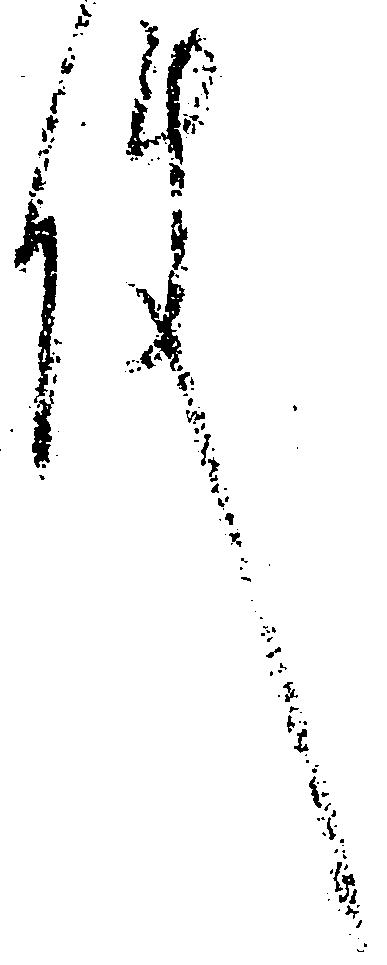
件